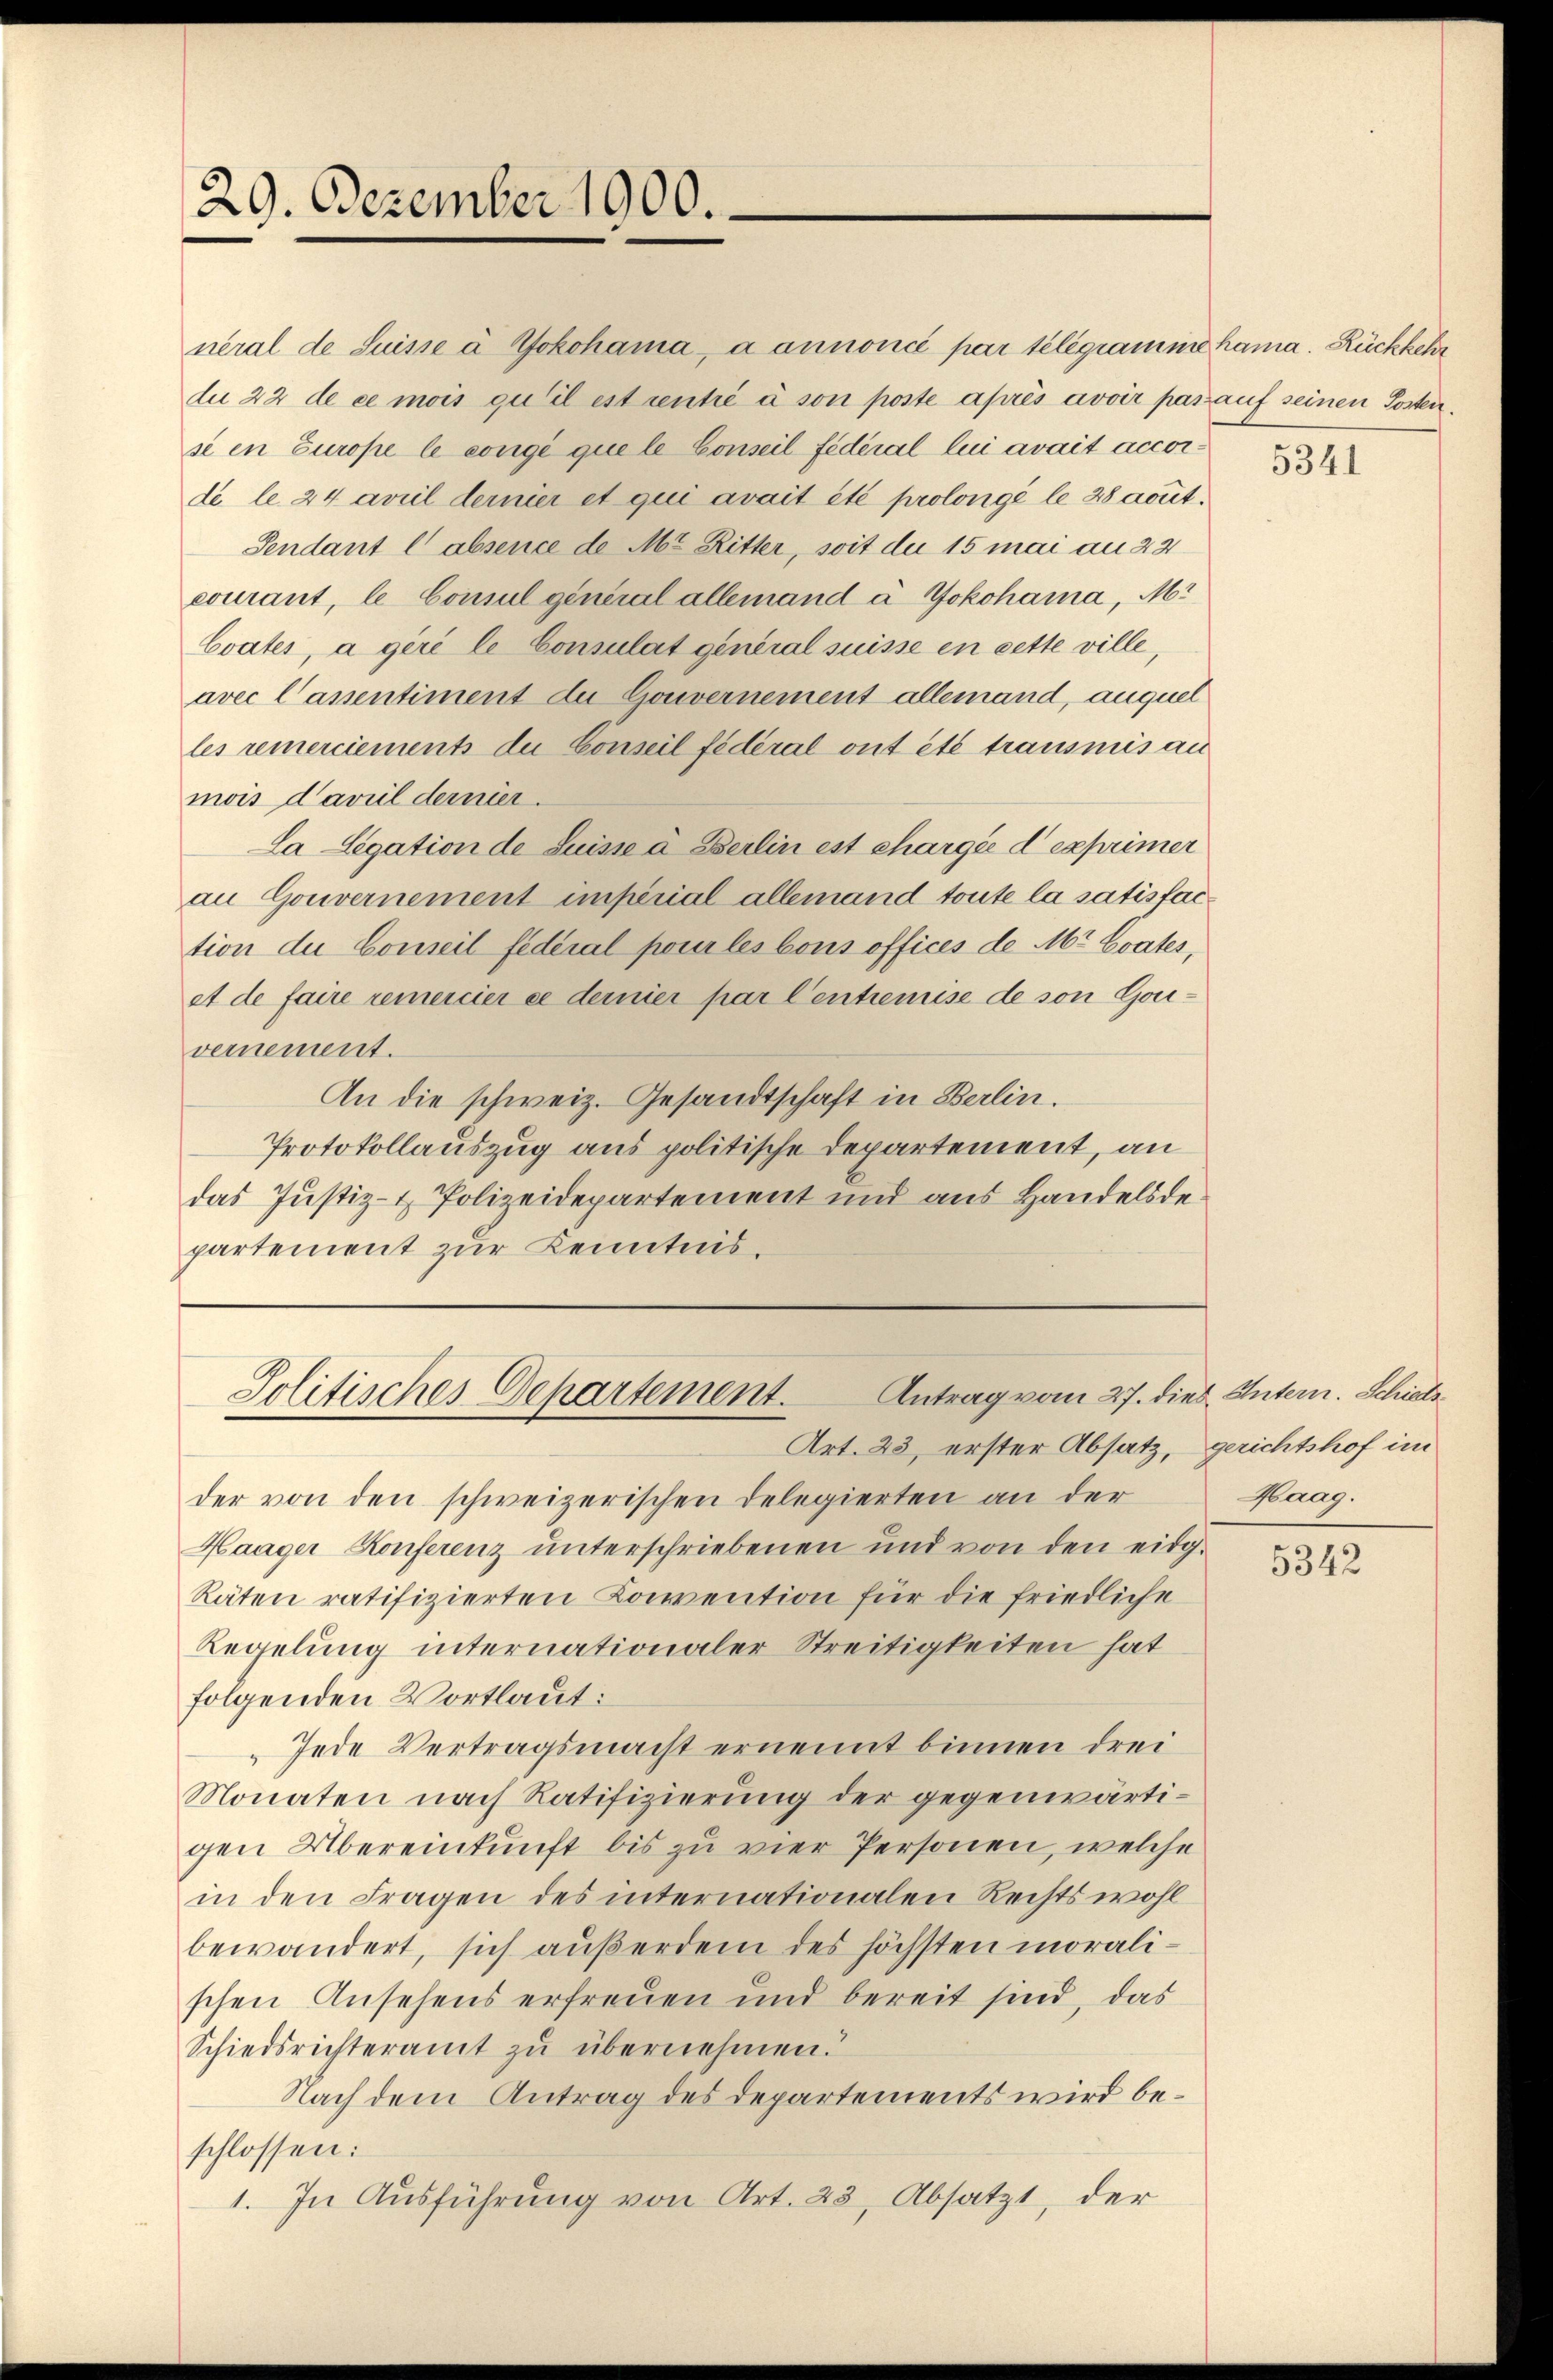
29. Dezember 1900.

neral de Suisse à Yokohama a annoncé par telegrammohama. Rückkehr
du 22 de ce mois qu’il est rentie à son poste après avoir pas auf seinen Posten.
se in Europe le congé que le Conseil fédéral lui avait accorde le 24 avril dernier et qui avait été prolongé le 28 avut.
Sendant l'absence de M. Ritter, soit du 15 mai au 22
courant, le Consul general allemand à Yokohama, Mi
Coates, a geri le Consulat general suisse en cette ville,
avec lassentiment de Gouvernement allemand, auquel
les remerciements du Conseil fédéral ont été transmis au
mois d’avril dernier.
Ca Legation de Suisse à Berlin est chargée d exprimer
an Gouvernement impérial allemand toute la satisfaction der Conseil fédéral pour les bons offices de Mr. Coates,
at de faire remercier ce dernier par Centremise de von Gouvernement.
An die schweiz. Gesandtschaft in Berlin.
Protokollauszug aus politische Departement, an
das Justiz- & Polizeidepartement und aus Handelsdepartement zur Kenntnis.

Antrag vom 27. dies Untern. Schieds
Politisches Departement.

der von den schweizerischen Delegierten an der
Haager Konferenz unterschriebenen und von den eidg-
Räten ratifizierten Konvention für die friedliche
Regelung internationaler Streitigkeiten hat
folgenden Vortlaut:
Jede Vertragsmacht ernennt binnen drei
Monaten nach Ratifizierung der gegenwärtigen Übereinkunft bis zu vier Personen, welche
in den Fragen des internationalen Rechtswohl
bewändert, sich außerdem des höchsten moralischen Ansehens erfreuen und bereit sind, das
Schiedsrichteramt zu übernehmen.
Nach dem Antrag des Departements wird beschlossen:
1. In Ausführung von Art. 23, Absatzt, der

Art. 23, erster Absatz, gerichtshof im

5341

Haag.

5342